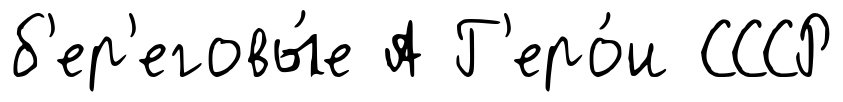
б'ер'еговы́е А Г'еро́и СССР